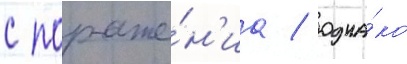
с пораже́н'иа / одна́ко